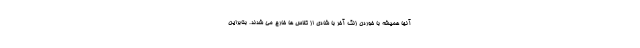
آنها همیشه با خوردن زنگ آخر با شادی از کلاس ها خارح می شدند. بنابراین